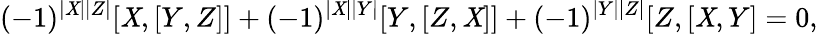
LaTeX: (-1)^{|\mathit{X}||Z|}[\mathit{X},[Y,Z]]+(-1)^{|\mathit{X}||Y|}[Y,[Z,\mathit{X}]]+(-1)^{|Y||Z|}[Z,[\mathit{X},Y]=0,